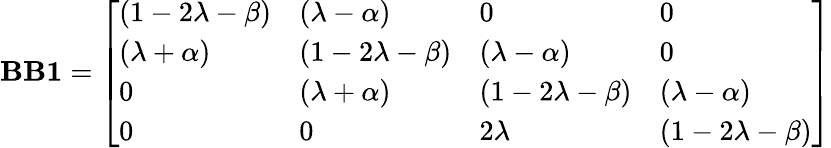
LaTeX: \mathbf{BB1}={\left[\begin{array}{llll}{(1-2\lambda-\beta)}&{(\lambda-\alpha)}&{0}&{0}\\ {(\lambda+\alpha)}&{(1-2\lambda-\beta)}&{(\lambda-\alpha)}&{0}\\ {0}&{(\lambda+\alpha)}&{(1-2\lambda-\beta)}&{(\lambda-\alpha)}\\ {0}&{0}&{2\lambda}&{(1-2\lambda-\beta)}\end{array}\right]}